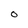
Character: O